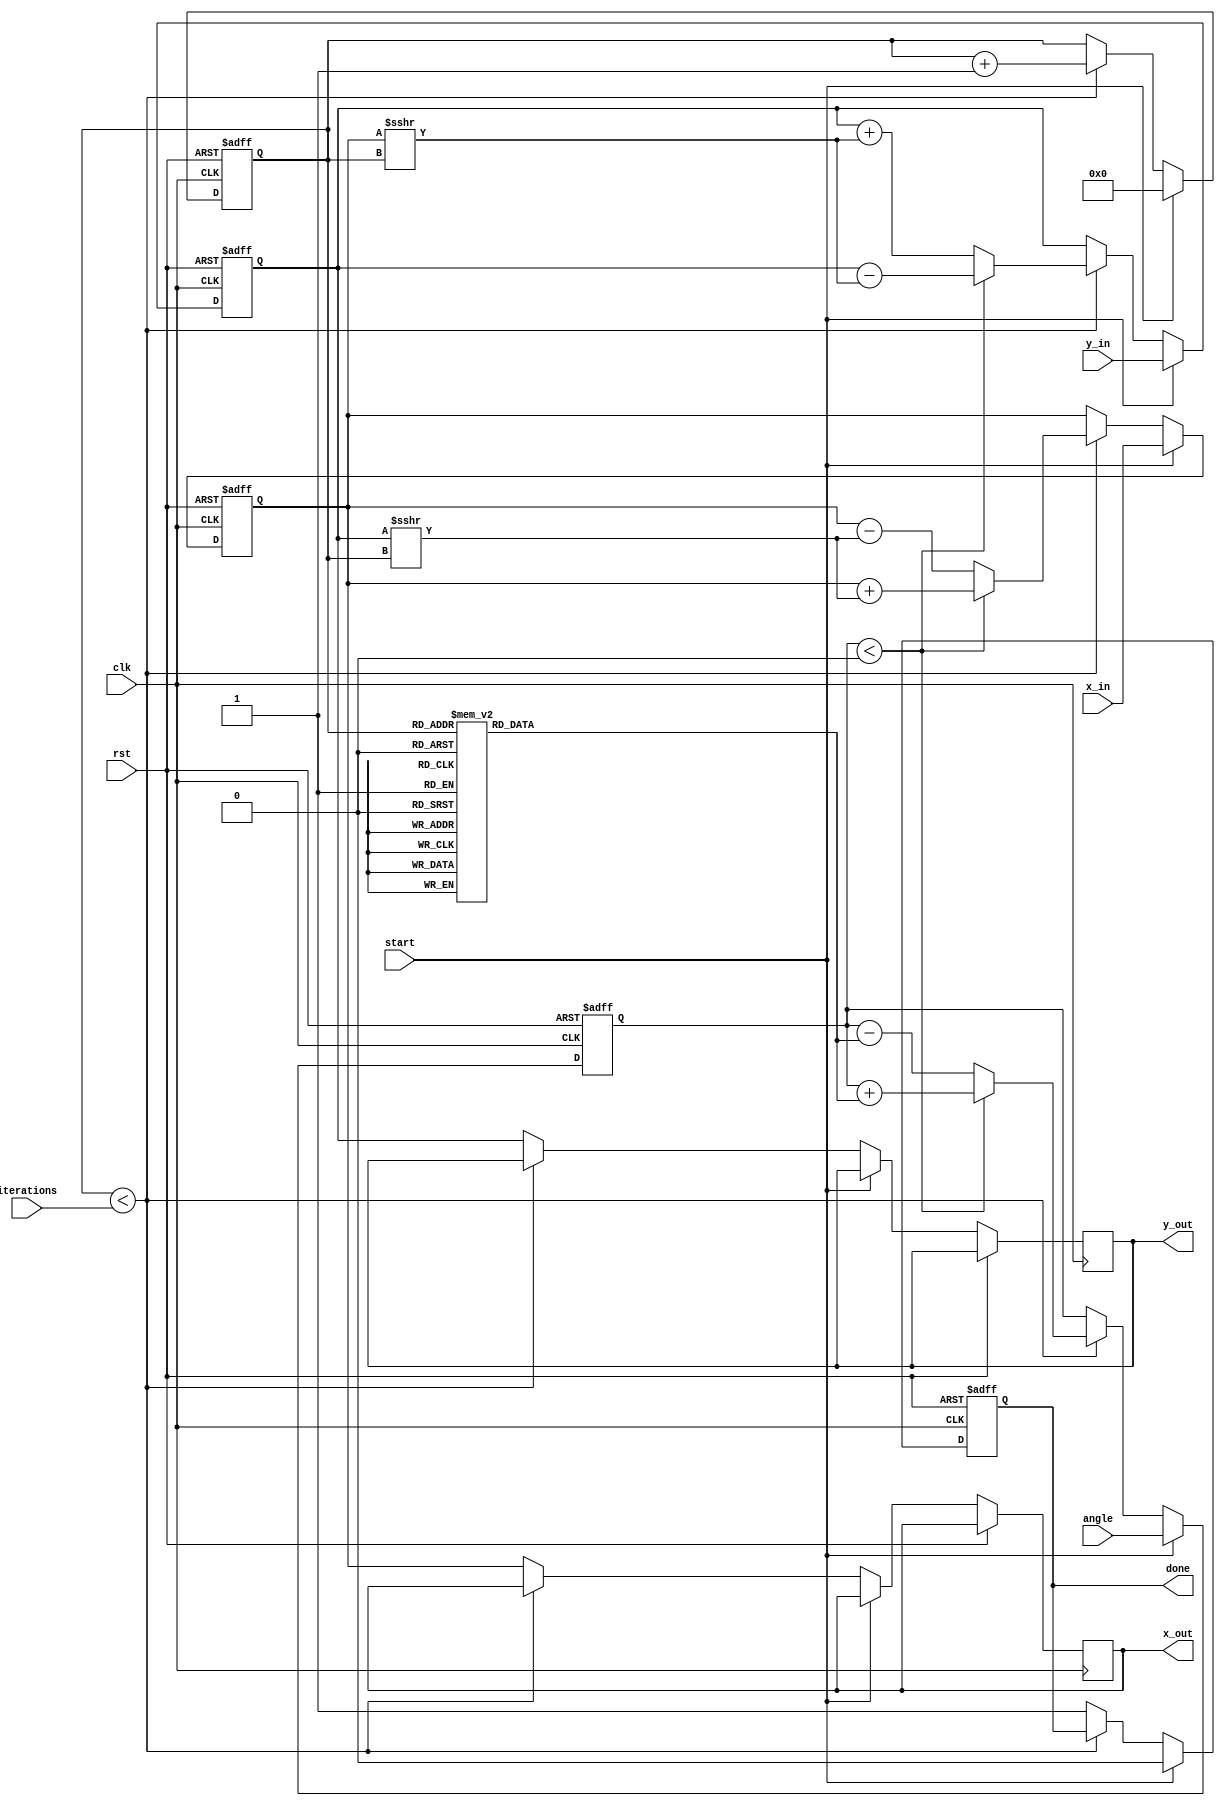
module cordic_2d (
    input wire clk,
    input wire rst,
    input wire start,
    input wire [15:0] x_in,    // Input x
    input wire [15:0] y_in,    // Input y
    input wire [15:0] angle,    // Angle for rotation
    input wire [3:0] iterations, // Number of iterations
    output reg [15:0] x_out,    // Output x
    output reg [15:0] y_out,    // Output y
    output reg done             // Done signal
);

    // CORDIC parameters
    reg [15:0] x;
    reg [15:0] y;
    reg [15:0] z;               // Angle accumulator
    reg [3:0] count;            // Iteration counter

    // CORDIC angle lookup table
    reg [15:0] atan_table [0:15];
    initial begin
        atan_table[0] = 16'h0000; // atan(0) = 0
        atan_table[1] = 16'h26DB; // atan(1/2) = 0.4636
        atan_table[2] = 16'h1C71; // atan(1/4) = 0.2449
        atan_table[3] = 16'h0FC0; // atan(1/8) = 0.1244
        // More values can be filled in for more iterations
        // ...
        atan_table[15] = 16'h0000; // Last value
    end

    // State machine for CORDIC operation
    always @(posedge clk or posedge rst) begin
        if (rst) begin
            x <= 0;
            y <= 0;
            z <= 0;
            count <= 0;
            done <= 0;
        end else if (start) begin
            x <= x_in;
            y <= y_in;
            z <= angle;
            count <= 0;
            done <= 0;
        end else if (count < iterations) begin
            // CORDIC rotation
            if (z < 0) begin
                // Counter-clockwise rotation
                x <= x + (y >>> count);
                y <= y - (x >>> count);
                z <= z + atan_table[count];
            end else begin
                // Clockwise rotation
                x <= x - (y >>> count);
                y <= y + (x >>> count);
                z <= z - atan_table[count];
            end
            count <= count + 1;
        end else begin
            // Operation done
            x_out <= x;
            y_out <= y;
            done <= 1;
        end
    end

endmodule